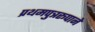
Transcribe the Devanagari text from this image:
प्रथमपुत्ररूपाने